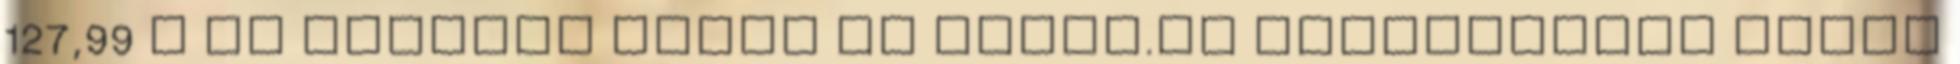
127,99 M Ft Szerzői jogok Az Index.hu adatvédelmi elvei